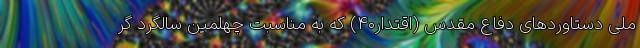
ملی دستاوردهای دفاع مقدس (اقتدار۴۰) که به مناسبت چهلمین سالگرد گر